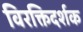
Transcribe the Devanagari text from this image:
विरक्तिदर्शक